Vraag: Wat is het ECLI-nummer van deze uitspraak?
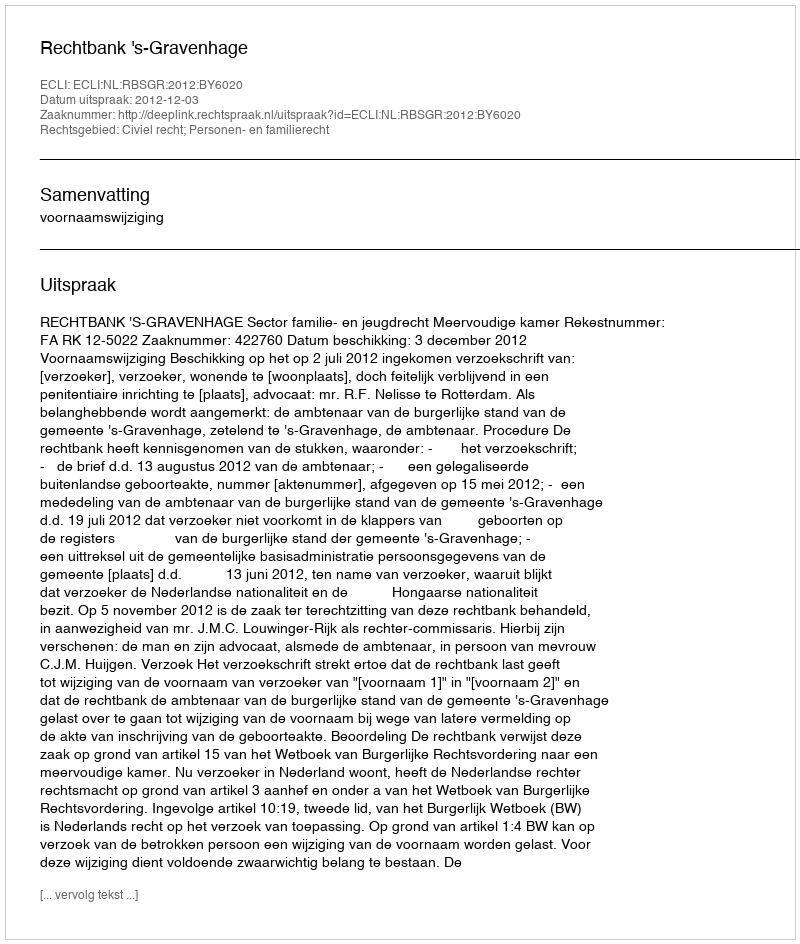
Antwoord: ECLI:NL:RBSGR:2012:BY6020